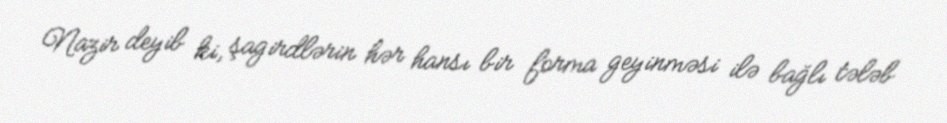
Nazir deyib ki, şagirdlərin hər hansı bir forma geyinməsi ilə bağlı tələb